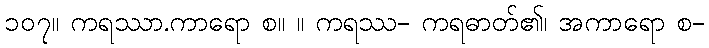
၁၀၇။ ကရဿာ.ကာရော စ။ ။ ကရဿ- ကရဓာတ်၏၊ အကာရော စ-